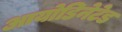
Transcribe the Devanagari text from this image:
आयोडिनेटेड